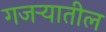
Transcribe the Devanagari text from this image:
गजर्‍यातील